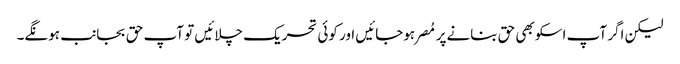
لیکن اگر آپ اسکو بھی حق بنانےپر مُصر ہوجائیں اور کوئی تحریک چلائیں تو آپ حق بجانب ہونگے۔